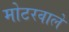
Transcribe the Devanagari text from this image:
मोटरवाले